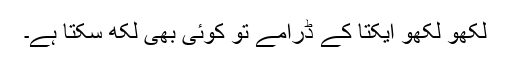
لکھو لکھو ایکتا کے ڈرامے تو کوئی بھی لکھ سکتا ہے۔